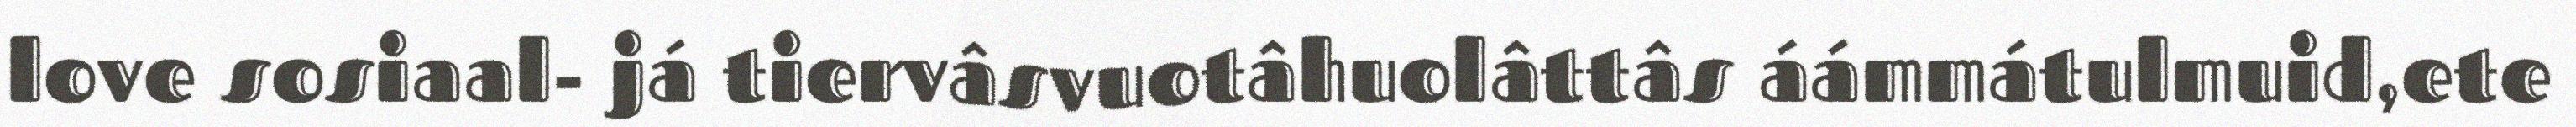
love sosiaal- já tiervâsvuotâhuolâttâs áámmátulmuid,ete